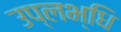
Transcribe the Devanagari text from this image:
उप्लभ्धि